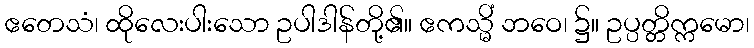
ဧတေသံ၊ ထိုလေးပါးသော ဥပါဒါန်တို့၏။ ဧကသ္မိံ ဘဝေ၊ ၌။ ဥပ္ပတ္တိက္ကမော၊